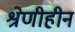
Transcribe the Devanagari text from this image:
श्रेणीहीन